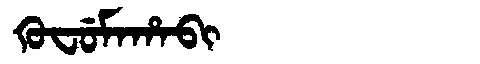
Manchu: ᡴᡠᠸᡠᠮᠠᡥᠠᠪᡳ
Romanization: KUFUMAHABI